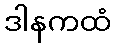
ဒါနကထံ